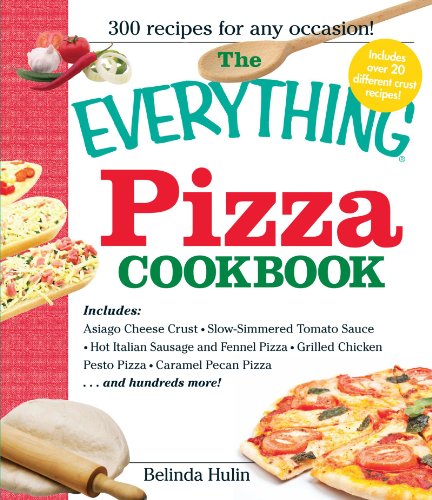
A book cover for The Everything Pizza Cookbook: 300 Crowd-Pleasing Slices of Heaven; Belinda Hulin; Cookbooks, Food & Wine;